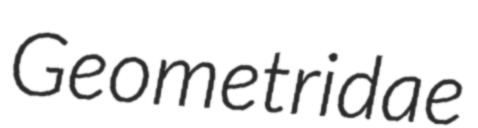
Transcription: Geometridae